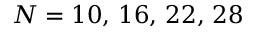
N = 1 0 , \, 1 6 , \, 2 2 , \, 2 8